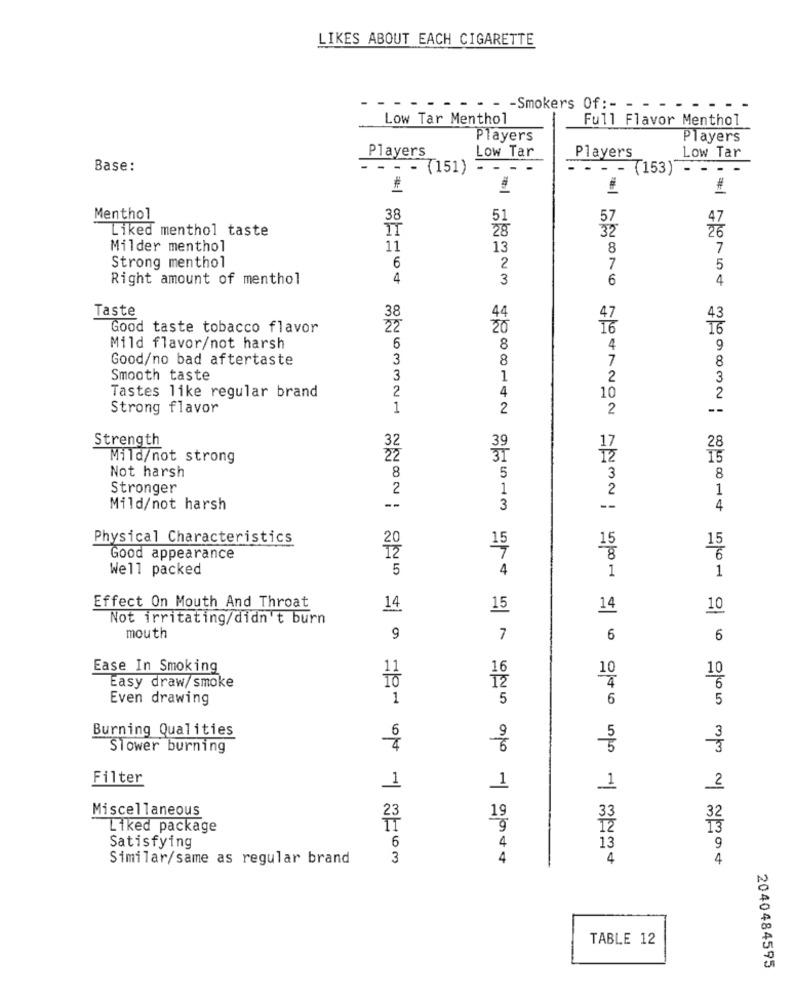
LIKES ABOUT EACH CIGARETTE
- - - - Smokers Of :- - -
. .
Low Tar Menthol
Full Flavor Menthol
Players
Players
Low Tar
Low Tar
Players
Players
Base:
- - - (151)
- - -.
- - - (153)
- -
1
Menthol
38
51
Liked menthol taste
28
57
Milder menthol
11
13
8
7
Strong menthol
6
2
7
5
Right amount of menthol
4
3
6
4
Taste
38
44
43
Good taste tobacco flavor
22
Mild flavor/not harsh
6
8
4
9
Good/no bad aftertaste
3
7
8
8
Smooth taste
3
1
2
3
2
Tastes like regular brand
4
10
2
Strong flavor
1
2
2
--
Strength
32
28
Mild/not strong
22
15
Not harsh
8
5
3
8
Stronger
2
1
2
1
Mild/not harsh
--
3
--
4
Physical Characteristics
15
15
Good appearance
6
Well packed
5
4
1
1
Effect On Mouth And Throat
14
15
14
10
Not irritating/didn't burn
mouth
9
7
6
6
Ease In Smoking
16
10
10
Easy draw/smoke
4
6
Even drawing
1
5
6
5
Burning Qualities
6
Slower burning
4
Filter
1
1
2
Miscellaneous
23
19
33
Liked package
Ič
6
4
Satisfying
9
Similar/same as regular brand
3
4
9 6 065 3 2 2194
4
TABLE 12
2040484595